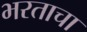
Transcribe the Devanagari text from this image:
भरताचा